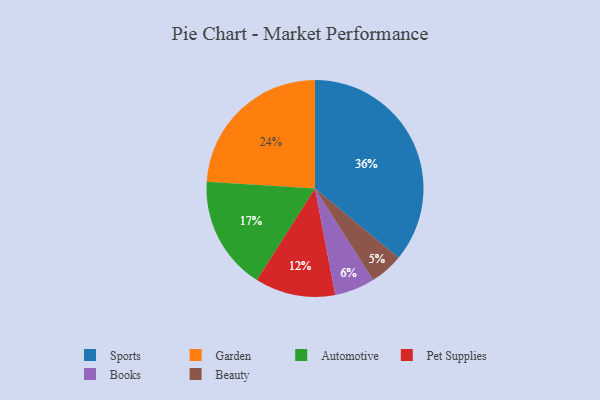
{"axis": {"x": "Category", "y": "Percentage"}, "legend": ["Automotive", "Beauty", "Books", "Garden", "Pet Supplies", "Sports"], "data": [{"x": "Books", "y": 6, "type": "Books"}, {"x": "Sports", "y": 36, "type": "Sports"}, {"x": "Garden", "y": 24, "type": "Garden"}, {"x": "Automotive", "y": 17, "type": "Automotive"}, {"x": "Beauty", "y": 5, "type": "Beauty"}, {"x": "Pet Supplies", "y": 12, "type": "Pet Supplies"}]}